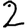
Digit: 2